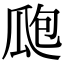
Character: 瓟